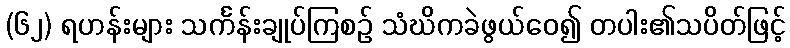
(၆၂) ရဟန်းများ သင်္ကန်းချုပ်ကြစဉ် သံဃိကခဲဖွယ်ဝေ၍ တပါး၏သပိတ်ဖြင့်